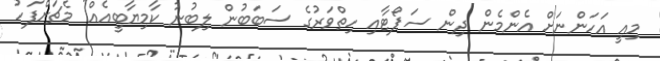
މިއީ އަހަންނަށް އެންމެން ދިން ސަޕޯޓާއި ހިތްވަރުގެ ސަބަބުން ލިބުނު ކާމިޔާބީއެއް" މެޗަށްފަހު